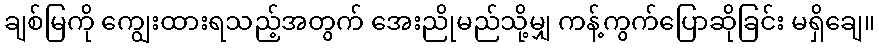
ချစ်မြကို ကျွေးထားရသည့်အတွက် အေးညိုမည်သို့မျှ ကန့်ကွက်ပြောဆိုခြင်း မရှိချေ။